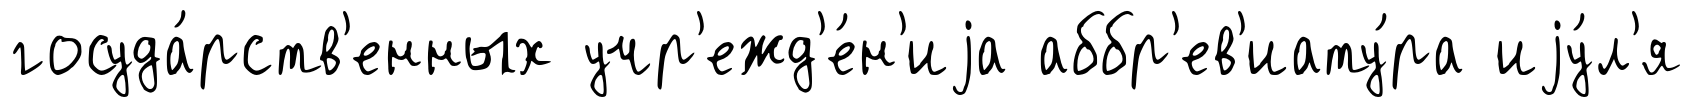
госуда́рств'енных учр'ежд'е́н'иjа аббр'ев'иату́ра иjу́л'я